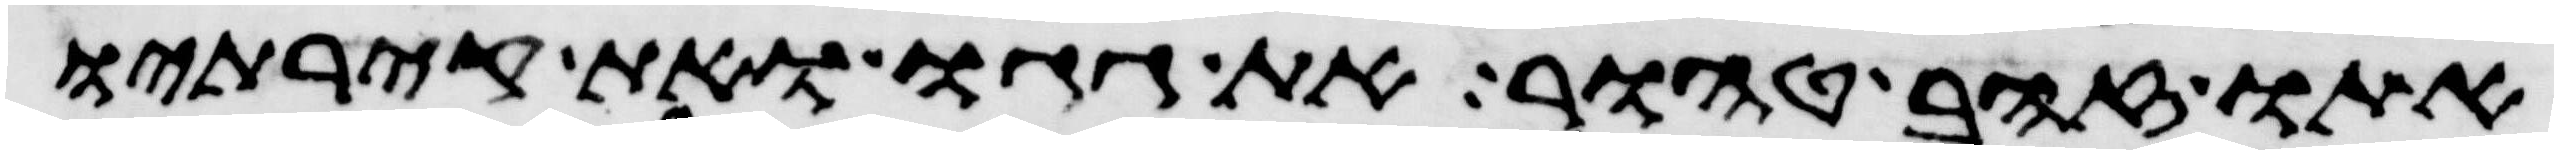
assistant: אתו זהב טהור את גגו ואת קירתיו